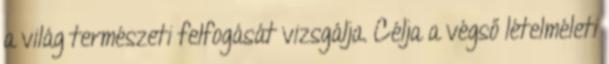
a világ természeti felfogását vizsgálja. Célja a végső lételméleti